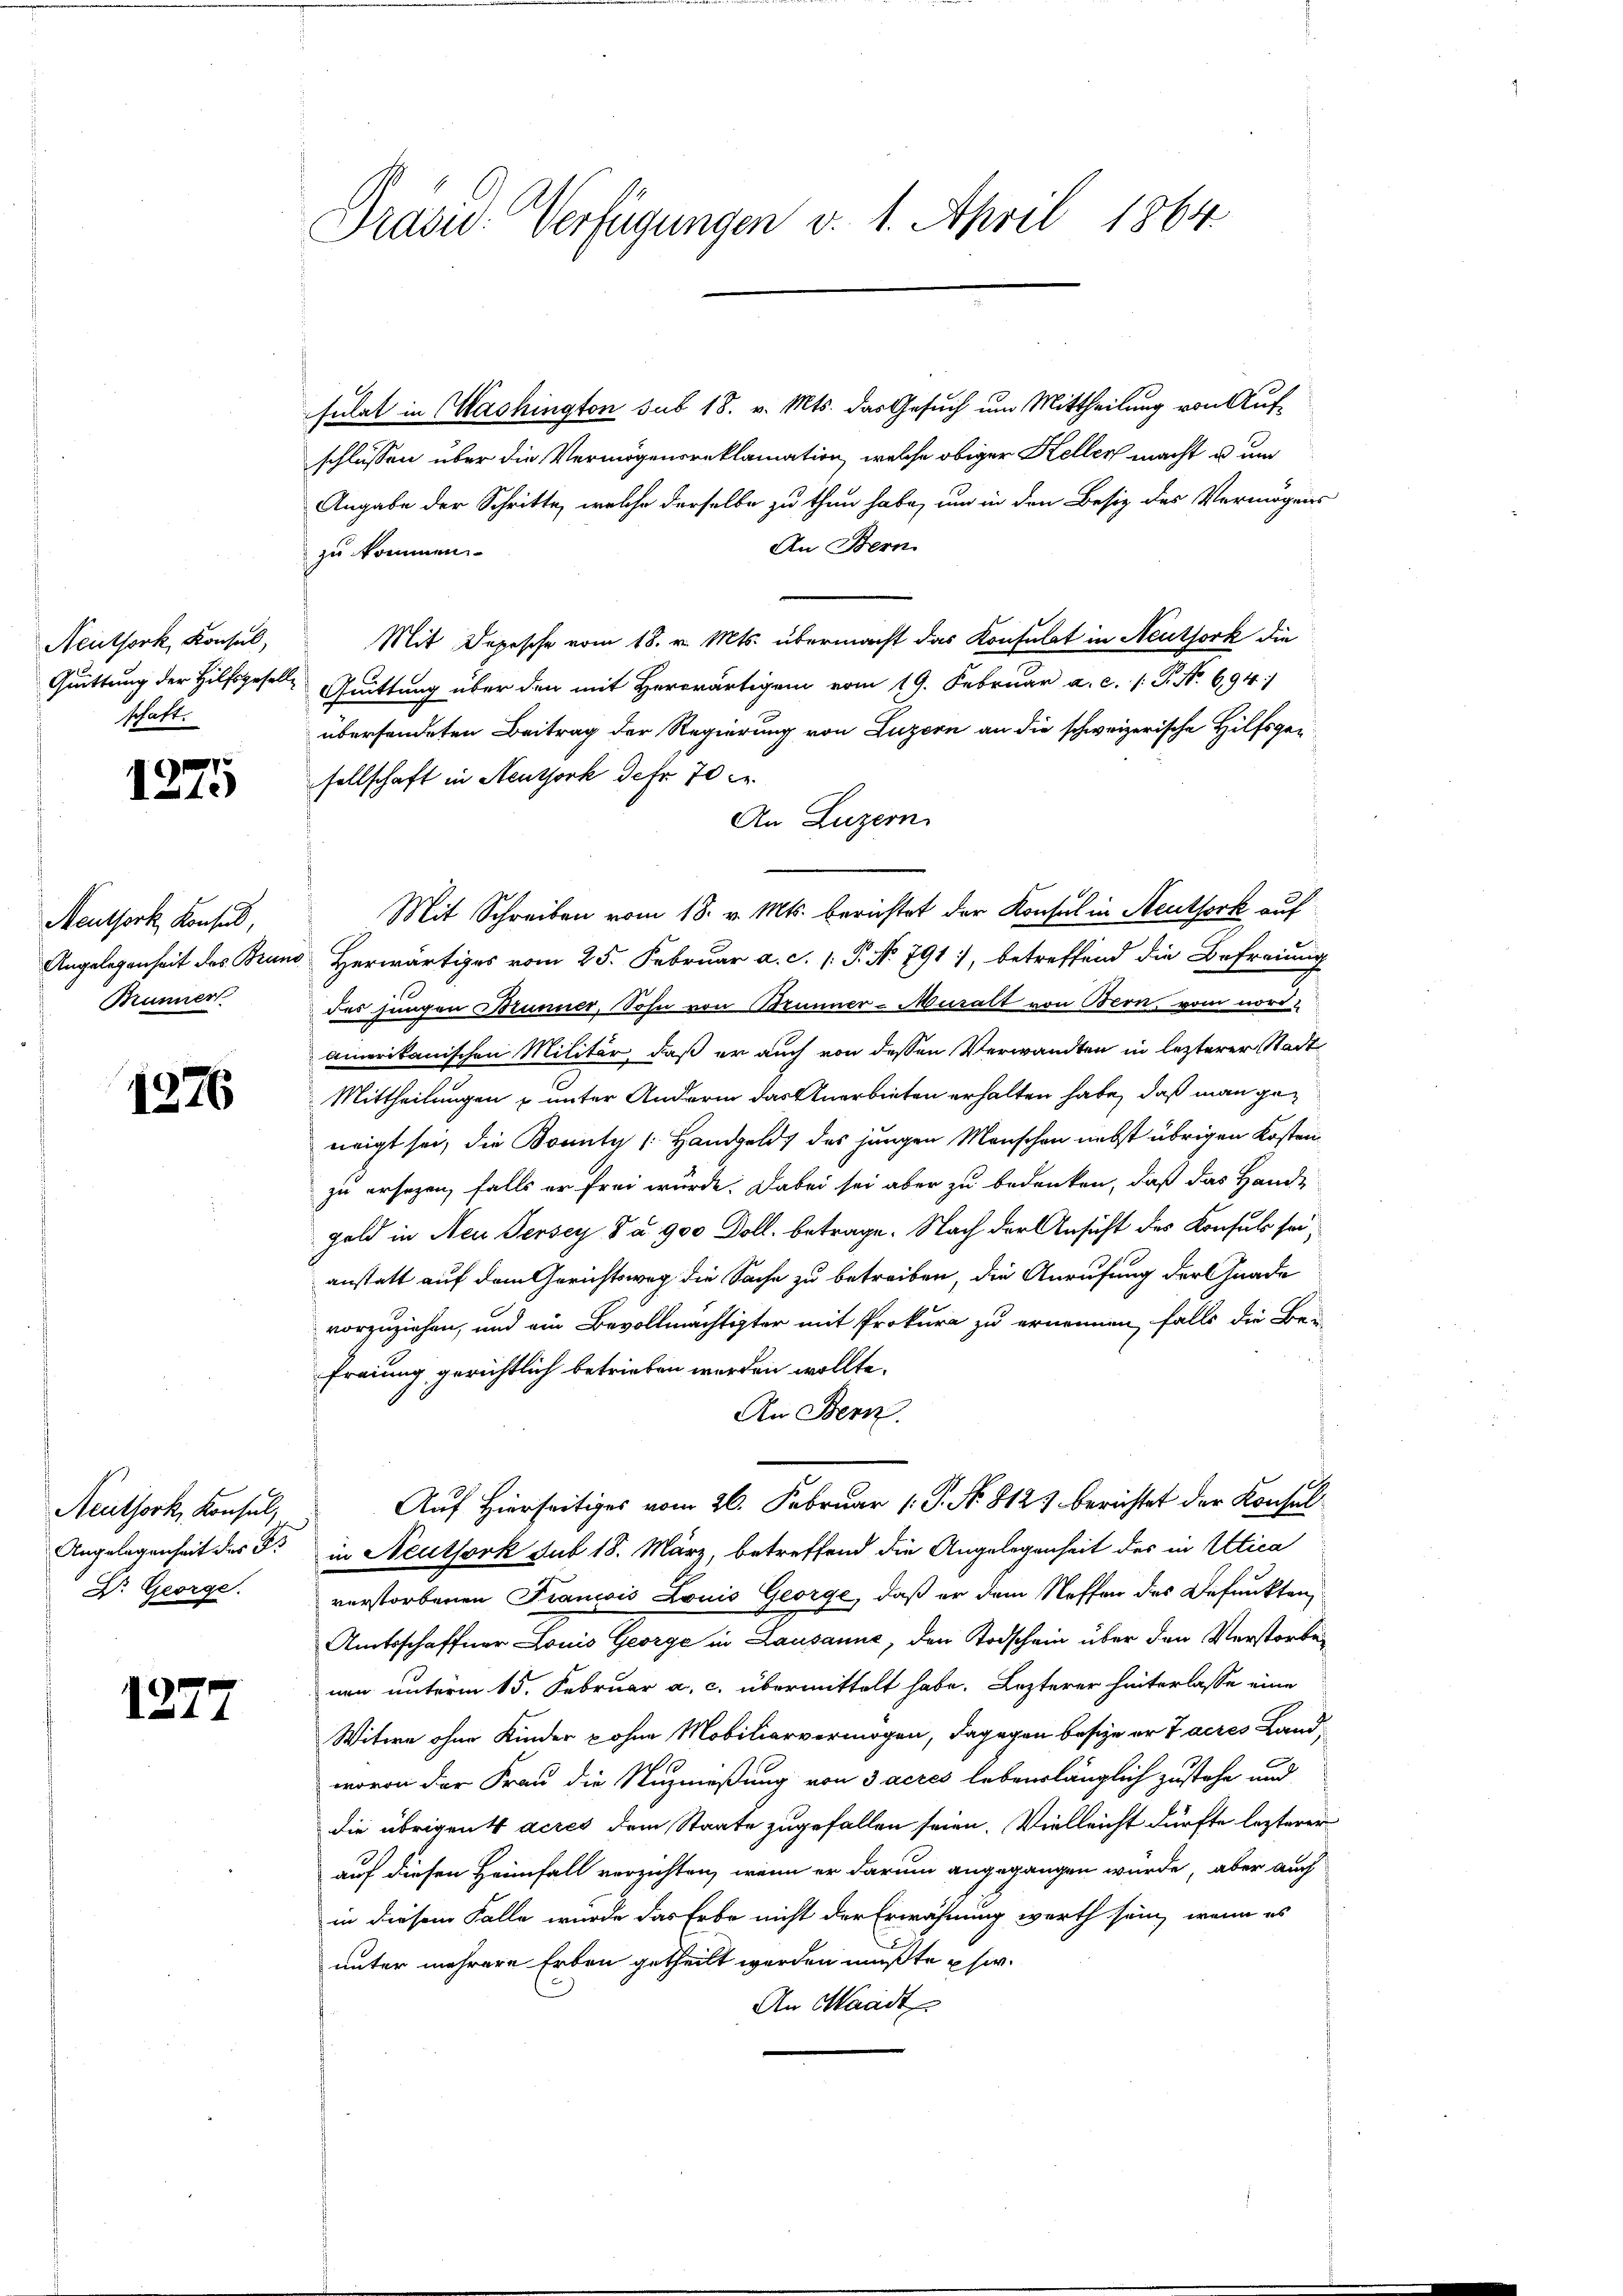
Neuthork, Konsul,
schaft.

1275

Neuthork Konsul,
Brunner

1376

Neuthork, Konsul,
D. George.

1277

Präsid. Verfügungen v. 1. April 1864

sulat in Washington sub 18. v. Mts. das Gesuch um Mittheilung von Auf-
schlüssen über die Vermögensreklamation, welche obiger Keller macht u. um
Angabe der Schritte, welche derselbe zu thun habe, und in den Besiz des Vermögens
An Bern
zu kommen.
Mit Depesche vom 18. v. Mts. übermacht das Konsulat in Neuthork die
Quittung der Hilfsgeselle Quittung über den mit Herwärtigem vom 19. Februar a. c. 1 P. No 694
überhandeten Beitrag der Regierung von Luzern an die schweizerische Hilfsgen
sellschaft in Neuthork efr 70
An Luzern
Mit Schreiben vom 18. v. Mts. berichtet der Konsul in Steutserk auf
Angelegenheit des Bruno Herwärtiges vom 25. Februar a. c. 1: P. No 791), betreffend die Befreiung
des jungen Brunner, Sohn von Brunner-Muralt von Bern vom nord
amerikanischen Militär, daß er auch von dessen Verwandten in lezterer Stadt
Mittheilungen u unter Andern das Anerbieten erhalten habe, daß man geneigt sei, die Bounty (Handgelds des jungen Menschen nebst übrigen Kosten
zu ersezen, falls er frei wurde. Dabei sei aber zu bedenken, daß das Hande
gold in Neu Jersey da. 900 Doll. betrage. Nach der Ansicht des Konsuls seianstatt auf dem Gerichtsweg die Sache zu betreiben, die Anrufung der Gnade
vorzuziehen, und ein Bevollmächtigter mit Prokura zu ernennen, falls die Be-
freiung gerichtlich betrieben werden wollte.
An Bern
Auf Hierseitiges vom 26. Februar 1. P. No. 8121 berichtet der Konsul
Angelegenheit des G. in Neuthork sub 18. März, betreffend die Angelegenheit der in Utica
verstorbenen Francois Louis George, daß er dem Neffen des Befunkten¬
Amtsschaffner Louis George in Lausanne, den Todschein über den Verstorbenen unterm 15. Februar a. c. übermittelt habe. Lezterer hinterlasse eine
Witwe ohne Kinder Lohne Mobiliarvermögen, dagegen besie er faires Landwovon der Frau die Nuzmeßung von 3 acrés lebenslänglich zustehe und
die übrigen 4 acrés dem Staate zugefallen seien. Vielleicht dürfte lezterer
auf diesen Heimfall verzichten, wenn er darum angegangen würde, aber auch
in diesem Falle wurde das Erbe nicht der Erwähnung werth sein, wenn es
unter mehrere Erben getheilt werden mußte usw.
An Waadt